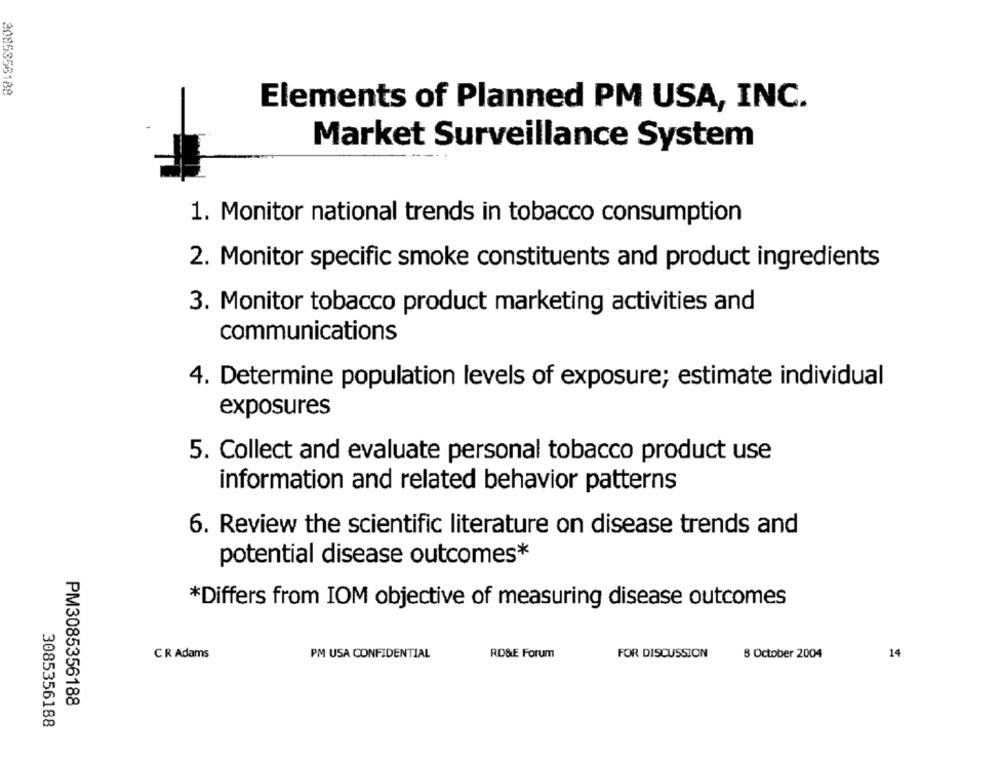
2085356188
Elements of Planned PM USA, INC.
Market Surveillance System
1. Monitor national trends in tobacco consumption
2. Monitor specific smoke constituents and product ingredients
3. Monitor tobacco product marketing activities and
communications
4. Determine population levels of exposure; estimate individual
exposures
5. Collect and evaluate personal tobacco product use
information and related behavior patterns
6. Review the scientific literature on disease trends and
potential disease outcomes*
*Differs from IOM objective of measuring disease outcomes
CR Adams
PM USA CONFIDENTIAL
RD&E Forum
FOR DISCUSSION
8 October 2004
14
PM3085356188
3085356188